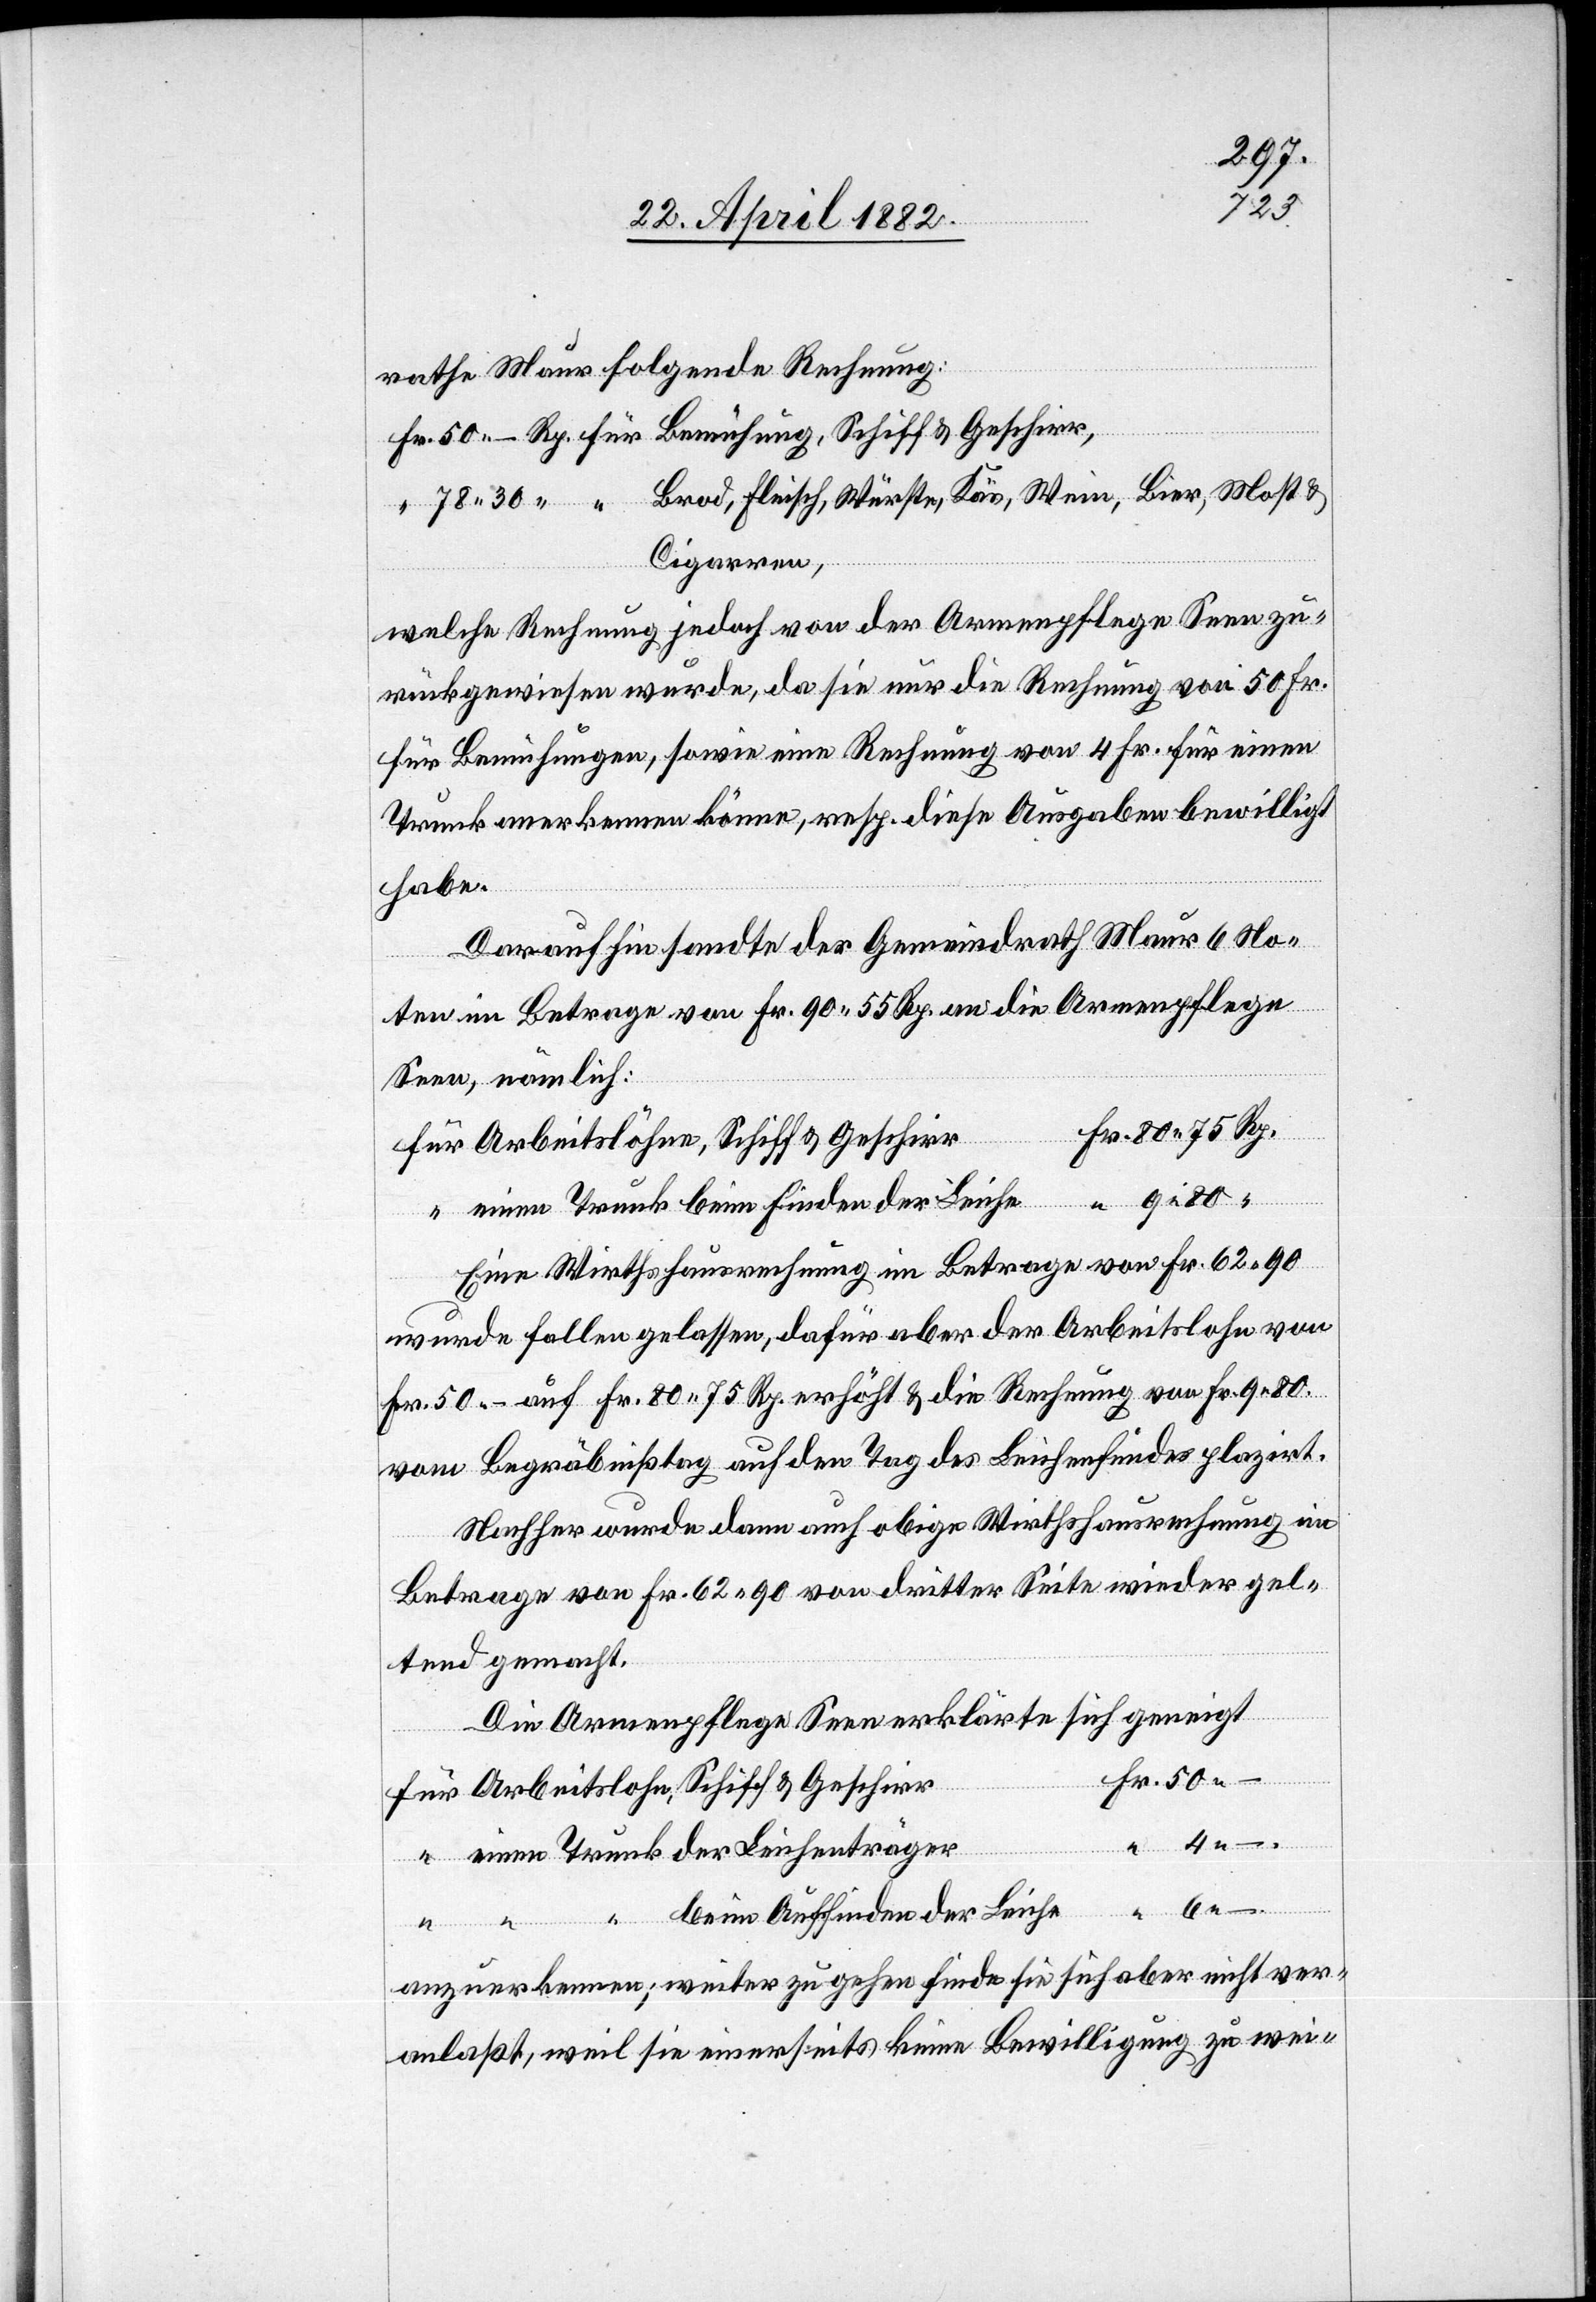
rathe Maur folgende Rechnung:
Lei¬
Cigarren,
welche Rechnung jedoch von der Armenpflege Seen zu¬
rückgewiesen wurde, da sie nur die Rechnung von 50 Fr.
für Bemühungen, sowie eine Rechnung von 4 Fr. für einen
Trunk anerkennen könne, resp. diese Ausgabe bewilligt
habe.
Darauf hin sandte der Gemeindrath Maur 6 No¬
ten im Betrage von Fr. 90 55 Rp. an die Armenpflege
Seen, nämlich:
chent¬
Arbeitslöhne, Schiff & Geschirr
einen Trunk beim Finden der Leiche
Eine Wirthshausrechnung im Betrage von Fr. 62 90
wurde fallen gelassen, dafür aber der Arbeitslohn von
Fr. 50 auf Fr. 80 75 Rp. erhöht & die Rechnung von Fr. 9 80
vom Begräbnißtag auf den Tag des Leichenfundes platzirt.
Nachher wurde dann auch obige Wirthshausrechnung im
Betrage von Fr. 62 90 von dritter Seite wieder gel¬
tend gemacht.
Die Armenpflege Seen erklärte sich geneigt
& Gesc¬
beim Auffinden der Leiche
6
anzuerkennen; weiter zu gehen finde sie sich aber nicht ver¬
anlaßt, weil sie einerseits keine Bewilligung zu wei-